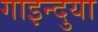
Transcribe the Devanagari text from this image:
गाइन्दुया